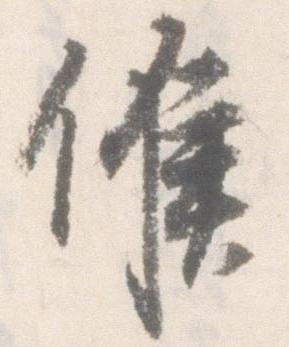
候